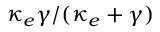
\kappa _ { e } \gamma / ( \kappa _ { e } + \gamma )